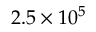
2 . 5 \times 1 0 ^ { 5 }